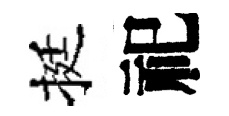
挺祀